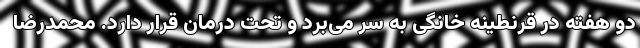
دو هفته در قرنطینه خانگی به سر می‌برد و تحت درمان قرار دارد. محمدرضا